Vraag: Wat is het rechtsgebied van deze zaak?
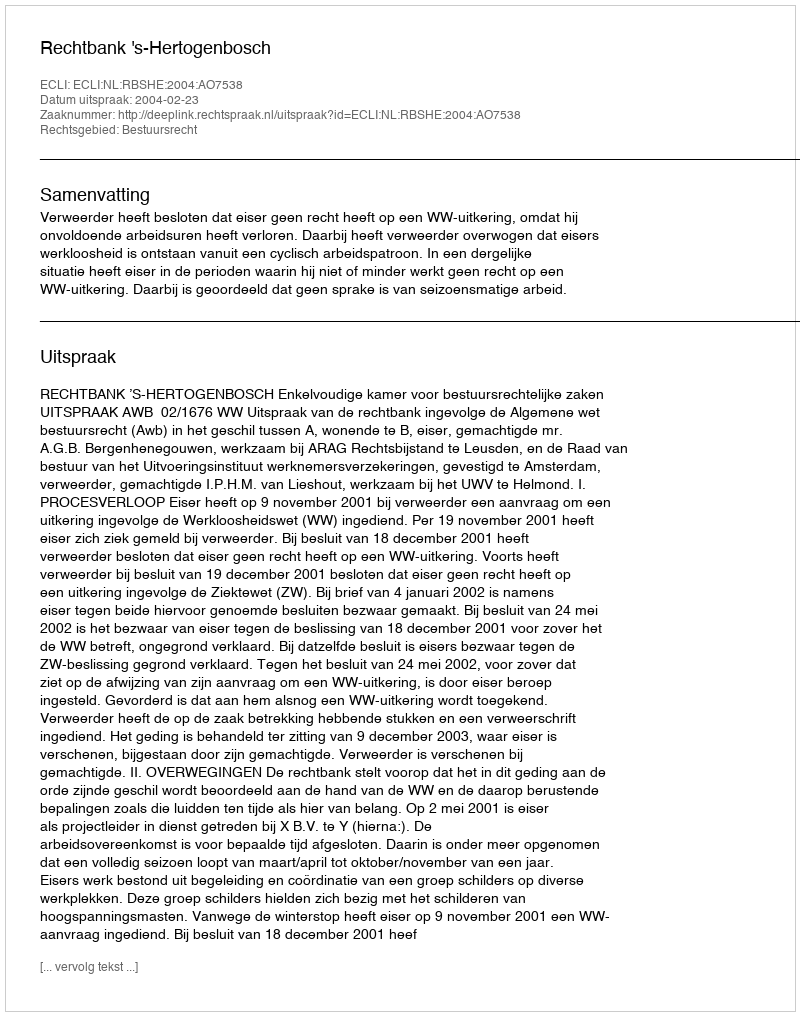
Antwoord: Bestuursrecht